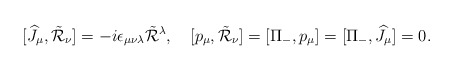
\begin{align*}[\widehat{J}_\mu,\tilde{\cal R}_\nu]=-i \epsilon_{\mu\nu\lambda}\tilde{\cal R}{}^\lambda,\quad[p_\mu,\tilde{\cal R}_\nu]=[\Pi_-,p_\mu]=[\Pi_-,\widehat{J}_\mu]=0.\end{align*}